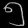
Digit: ၅